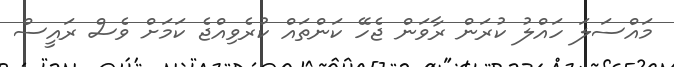
މައްސަލަ ހައްލު ކުރަން ރާވަން ޖެހޭ ކަންތައް ކުރެވިއްޖެ ކަމަށް ވެސް ރައީސް